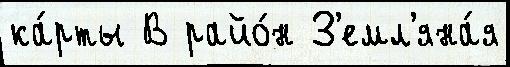
ка́рты В райо́н З'емл'яна́я